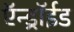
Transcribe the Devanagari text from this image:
ऍन्ड्रॉईड